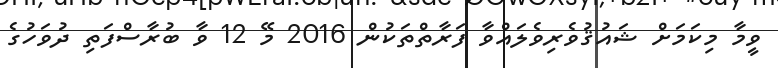
ވީމާ މިކަމަށް ޝައުޤުވެރިވެލައްވާ ފަރާތްތަކުން 2016 މޭ 12 ވާ ބުރާސްފަތި ދުވަހުގެ